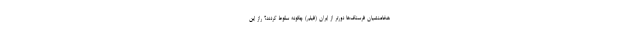
هخامنشیان فرسنگ‌ها دورتر از ایران (فیلم) چگونه سقوط کردند؟ راز این